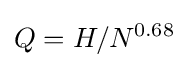
Q=H/N^{0.68}